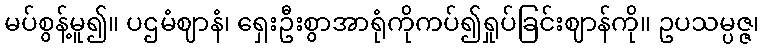
မပ်စွန့်မူ၍။ ပဌမံဈာနံ၊ ရှေးဦးစွာအာရုံကိုကပ်၍ရှုပ်ခြင်းဈာန်ကို။ ဥပသမ္ပဇ္ဇ၊